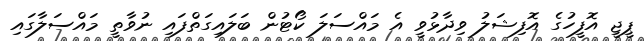
ޕީޖީ އޮފީހުގެ އޮފިޝަލު ވިދާޅުވީ އެ މައްސަލަ ކޯޓުން ބަލައިގަތްފައި ނުވާތީ މައްސަލާގައި